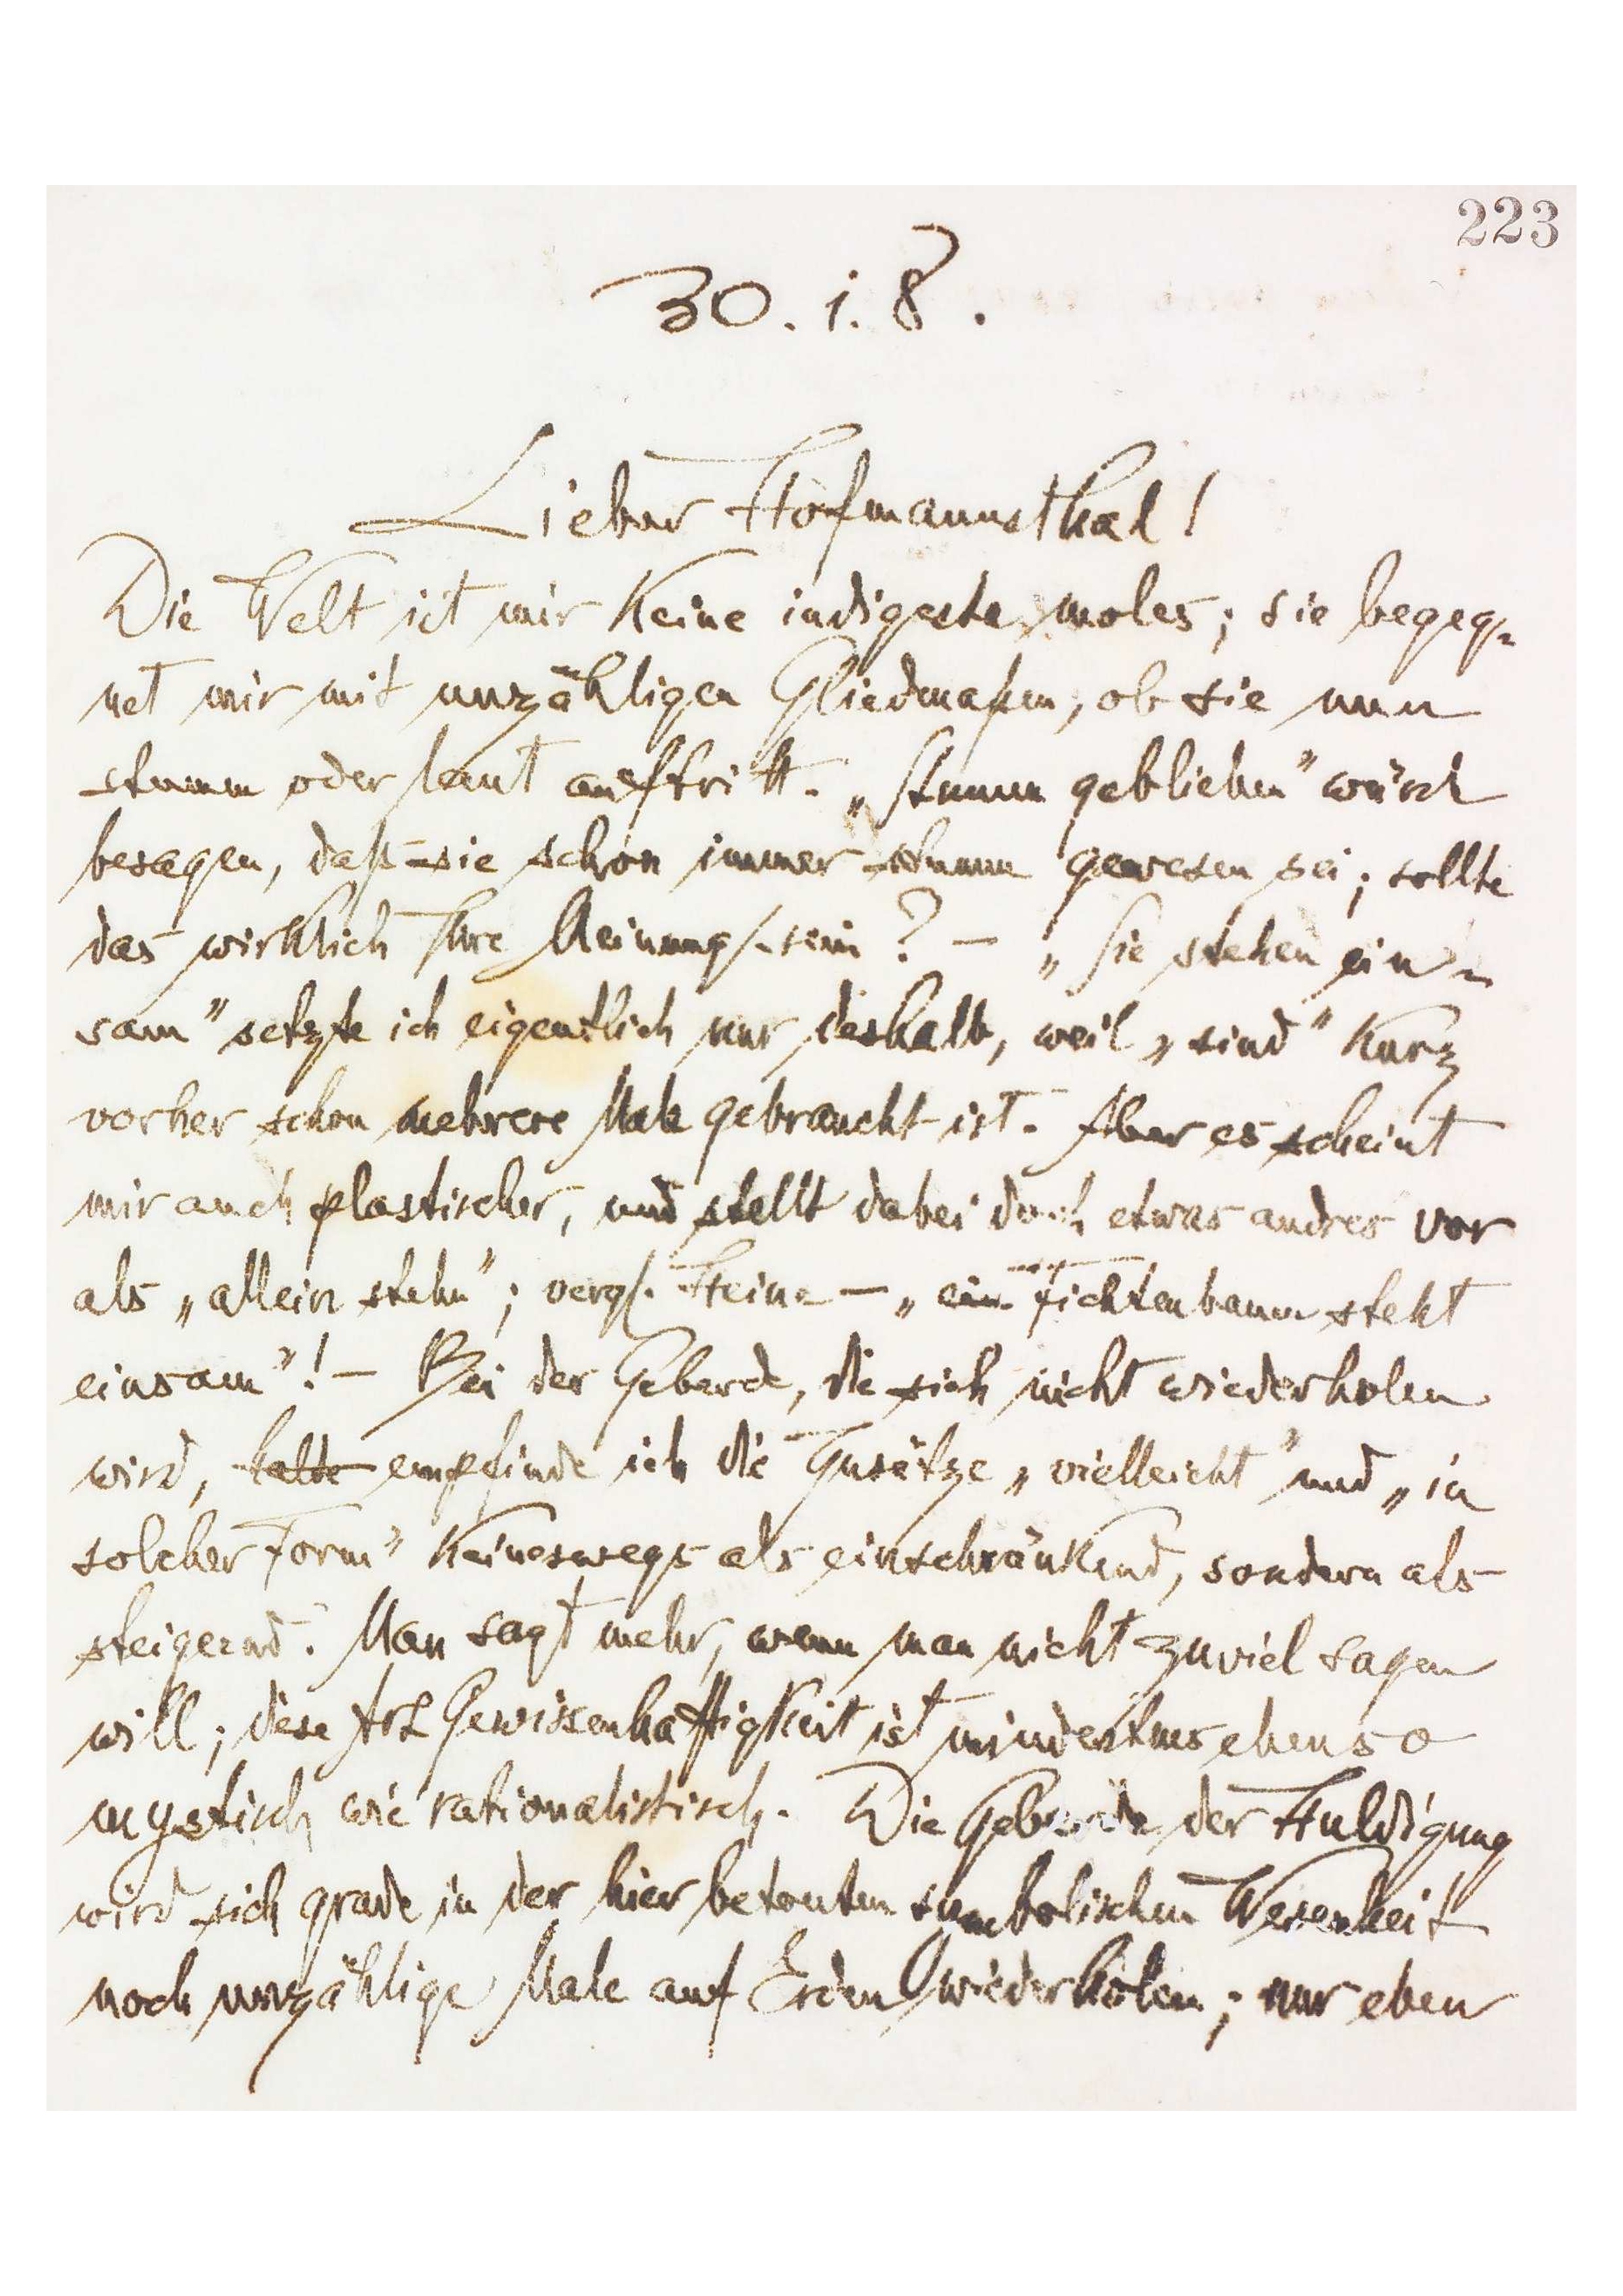
[223]
30.1.8.
Lieber Hofmannsthal!
Die Welt ist mir keine indigeste moles; sie begeg-
net mir mit unzähligen Gliedmaßen, ob sie nun
stumm oder laut auftritt. „Stumm geblieben‟ würde
besagen, daß sie schon immer stumm gewesen sei; sollte
das wirklich Ihre Meinung sein? – „Sie stehen ein-
sam‟ setzte ich eigentlich nur deshalb, weil „sind‟ kurz
vorher schon mehrere Male gebraucht ist. Aber es scheint
mir auch plastischer, und stellt dabei doch etwas andres vor
als „allein stehen‟; vergl. Heine – „ein Fichtenbaum steht
einsam‟! – Bei der Geberde, die sich nicht wiederholen
wird, halte empfinde ich die Zusätze „vielleicht‟ und „in
solcher Form‟ keineswegs als einschränkend, sondern als
steigernd. Man sagt mehr, wenn man nicht zuviel sagen
will; diese Art Gewissenhaftigkeit ist mindestens ebenso
mystisch wie rationalistisch. Die Geberde der Huldigung
wird sich grade in der hier betonten symbolischen Wesenheit
noch unzählige Male auf Erden wiederholen; nur eben